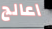
اعالج